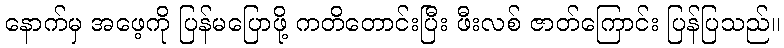
နောက်မှ အဖေ့ကို ပြန်မပြောဖို့ ကတိတောင်းပြီး ဖီးလစ် ဇာတ်ကြောင်း ပြန်ပြသည်။